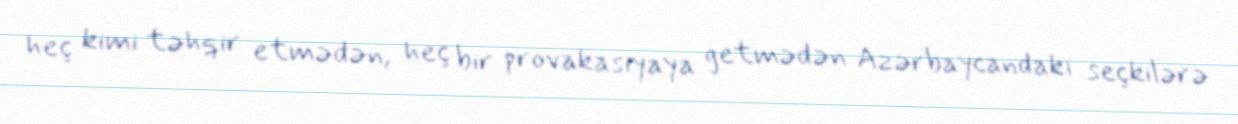
heç kimi təhqir etmədən, heç bir provakasiyaya getmədən Azərbaycandakı seçkilərə